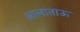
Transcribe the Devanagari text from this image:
आलाताऊ